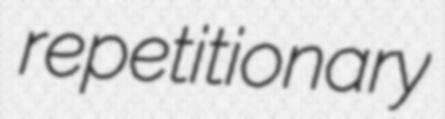
repetitionary